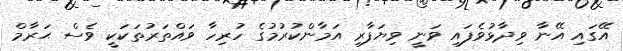
އޭގައި އޭނާ ވިދާޅުވެފައި ވަނީ ވިޔަފާރި އަމާންކުރުމުގެ ހުރިހާ ވައްތަރުތަކަކީ ވެސް ޙަރާމް